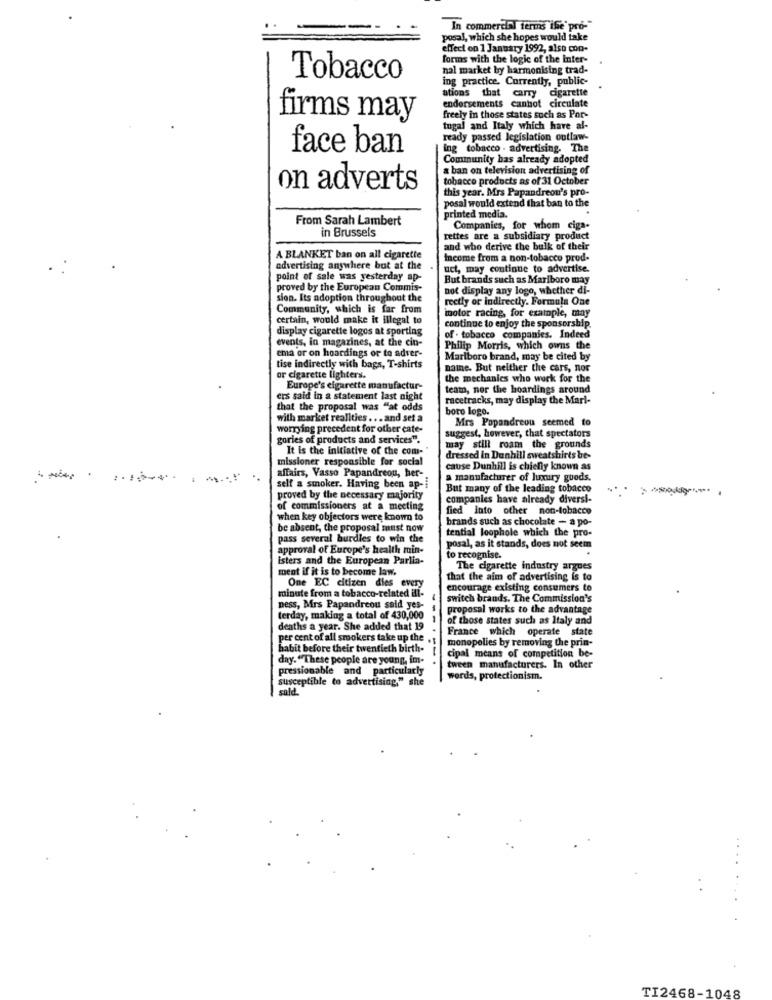
In commercial terms ile pro-"
posal, which she hopes would take
effect on 1 January 1992, also con-
forms with the logic of the Inter-
nal market by harmonising trad-
Tobacco
ing practice. Currently, public-
ations that carry cigarette
endorsements cannot circulate
firms may
freely in those states such as Por-
tugal and Italy which have al-
ready passed legislation outlaw-
face ban
ing tobacco - advertising. The
Community has already adopted
& ban on television advertising of
tobacco products as of 31 October
on adverts
this year. Mrs Papandreou's pro-
posal would extend that ban to the
From Sarah Lambert
printed media.
in Brussels
Companies, for whom ciga.
rettes are a subsidiary product
and who derive the bulk of their
A BLANKET ban on all cigarette
Income from a non-tobacco prod-
advertising anywhere but at the
uct, may continue to advertise.
point of sale was yesterday ap-
But brands such as Mariboro may
proved by the European Commis-
not display any logo, whether di-
sion. Its adoption throughout the
rectly or indirectly. Formula One
Community, which is far from
motor racing, for example, may
certain, would make it illegal to
display cigarette logos at sporting
continue to enjoy the sponsorship
events, in magazines, at the cin-
of . tobacco companies. Indeed
ema or on hoardings or to adver-
Philip Morris, which owns the
Marlboro brand, may be cited by
tise indirectly with bags, T-shirts
naine. But neither the cars, nor
or cigarette lighters.
the mechanics who work for the
Europe's cigarette manufactur-
team, nor the hoardings around
ers said in a statement last night
racetracks, may display the Marl-
that the proposal was "at odds
boro logo.
with market realities ... and set a
Mrs Popandreou seemed to
worrying precedent for other cate-
suggest, however, that spectators
gories of products and services".
It is the initiative of the com-
may still roam the grounds
missioner responsible for social
dressed in Dunhill sweatshirts be-
affairs, Vasso Papandreou, her-
cause Dunhill is chiefly known as
a manufacturer of luxury goods.
self a smoker. Having been ap-
But many of the leading tobacco
proved by the necessary majority
companies have already diversi-
of commissioners at a meeting
fied into other non-tobacco
when key objectors were known to
brands such as chocolate - a po-
be absent, the proposal must now
pass several hurdles to win the
tential loophole which the pro-
approval of Europe's health min-
posal, as it stands, does not seem
isters and the European Parlia-
to recognise.
ment if it is to become law.
The cigarette industry argues
One EC citizen dies every
that the aim of advertising is to
encourage existing consumers to
minute from a tobacco-related ill-
switch brands. The Commission's
ness, Mrs Papandreou said yes-
proposal works to the advantage
terday, making a total of 430,000
of those states such as Italy and
deaths a year. She added that 19
France which operate state
per cent of all smokers take up the
monopolies by removing the prin-
habit before their twentieth birth-
day. "These people are young, im-
--.
cipal means of competition be-
pressionable and particularly
tween manufacturers. In other
susceptible to advertising," she
words, protectionism.
sald.
TI2468-1048